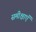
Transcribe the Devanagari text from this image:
समीक्षाऍं